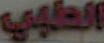
العلمي